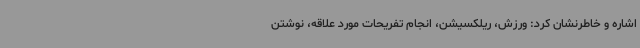
اشاره و خاطرنشان کرد: ورزش، ریلکسیشن، انجام تفریحات مورد علاقه، نوشتن